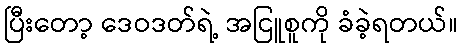
ပြီးတော့ ဒေဝဒတ်ရဲ့ အငြူစူကို ခံခဲ့ရတယ်။